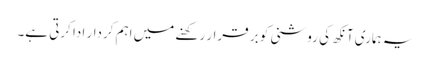
یہ ہماری آنکھ کی روشنی کو بر قرار رکھنے میں اہم کردار ادا کرتی ہے۔